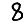
Digit: 8